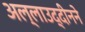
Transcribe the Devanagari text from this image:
अल्लाउद्दीनने